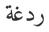
ردغة